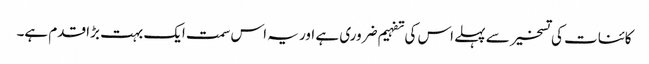
کائنات کی تسخیر سے پہلے اس کی تفہیم ضروری ہے اور یہ اس سمت ایک بہت بڑا قدم ہے۔